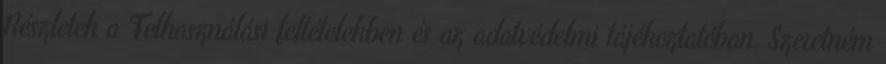
Részletek a Felhasználási feltételekben és az adatvédelmi tájékoztatóban. Szeretném